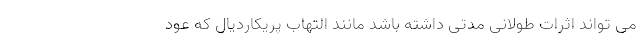
می تواند اثرات طولانی مدتی داشته باشد مانند التهاب پریکاردیال که عود